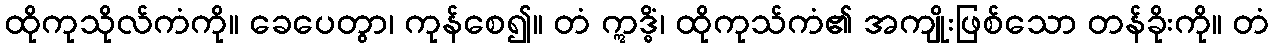
ထိုကုသိုလ်ကံကို။ ခေပေတွာ၊ ကုန်စေ၍။ တံ ဣဒ္ဓိံ၊ ထိုကုသ်ကံ၏ အကျိုးဖြစ်သော တန်ခိုးကို။ တံ